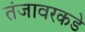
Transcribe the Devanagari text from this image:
तंजावरकडे